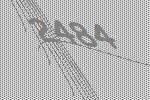
2484